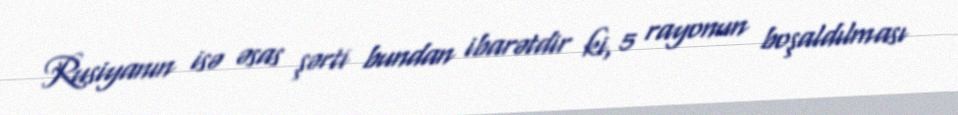
Rusiyanın isə əsas şərti bundan ibarətdir ki, 5 rayonun boşaldılması